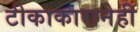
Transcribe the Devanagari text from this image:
टीकाकारानेही